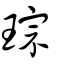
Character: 琮